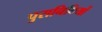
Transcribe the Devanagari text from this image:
पुरानिधियों